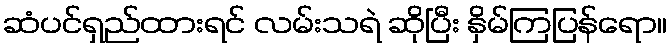
ဆံပင်ရှည်ထားရင် လမ်းသရဲ ဆိုပြီး နှိမ်ကြပြန်ရော။